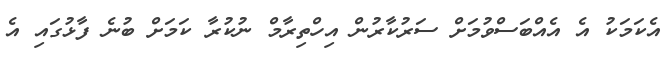
އެކަމަކު އެ އެއްބަސްވުމަށް ސަރުކާރުން އިހްތިރާމް ނުކުރާ ކަމަށް ބުނެ ފާޅުގައި އެ